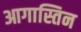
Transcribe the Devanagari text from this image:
आगास्तिन